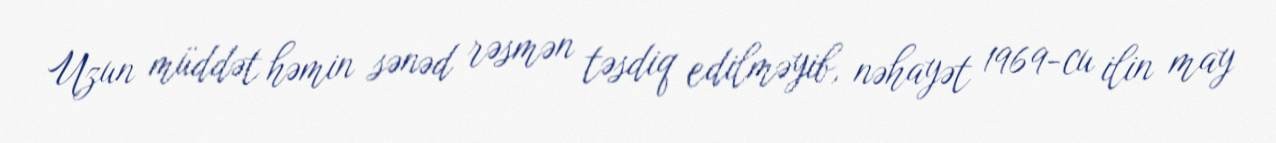
Uzun müddət həmin sənəd rəsmən təsdiq edilməyib, nəhayət 1969-cu ilin may